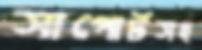
সাপোর্টসহ